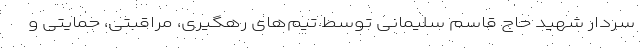
سردار شهید حاج قاسم سلیمانی توسط تیم‌های رهگیری، مراقبتی، حمایتی و